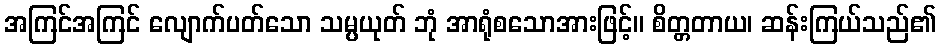
အကြင်အကြင် လျောက်ပတ်သော သမ္ပယုတ် ဘုံ အာရုံစသောအားဖြင့်။ စိတ္တတာယ၊ ဆန်းကြယ်သည်၏